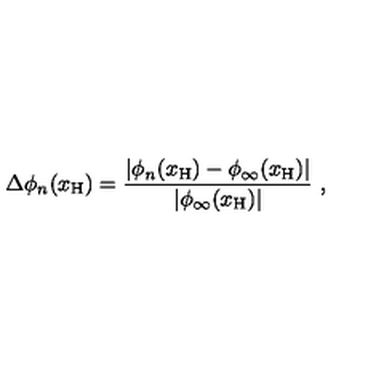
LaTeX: \Delta \phi _ { n } ( x _ { \mathrm { H } } ) = \frac { | \phi _ { n } ( x _ { \mathrm { H } } ) - \phi _ { \infty } ( x _ { \mathrm { H } } ) | } { | \phi _ { \infty } ( x _ { \mathrm { H } } ) | } \ ,